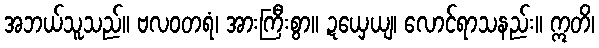
အဘယ်သူသည်။ ဗလဝတရံ၊ အားကြီးစွာ။ ဍယှေယျ၊ လောင်ရာသနည်း။ ဣတိ၊